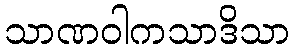
သာဏဝါကသာဒိသာ